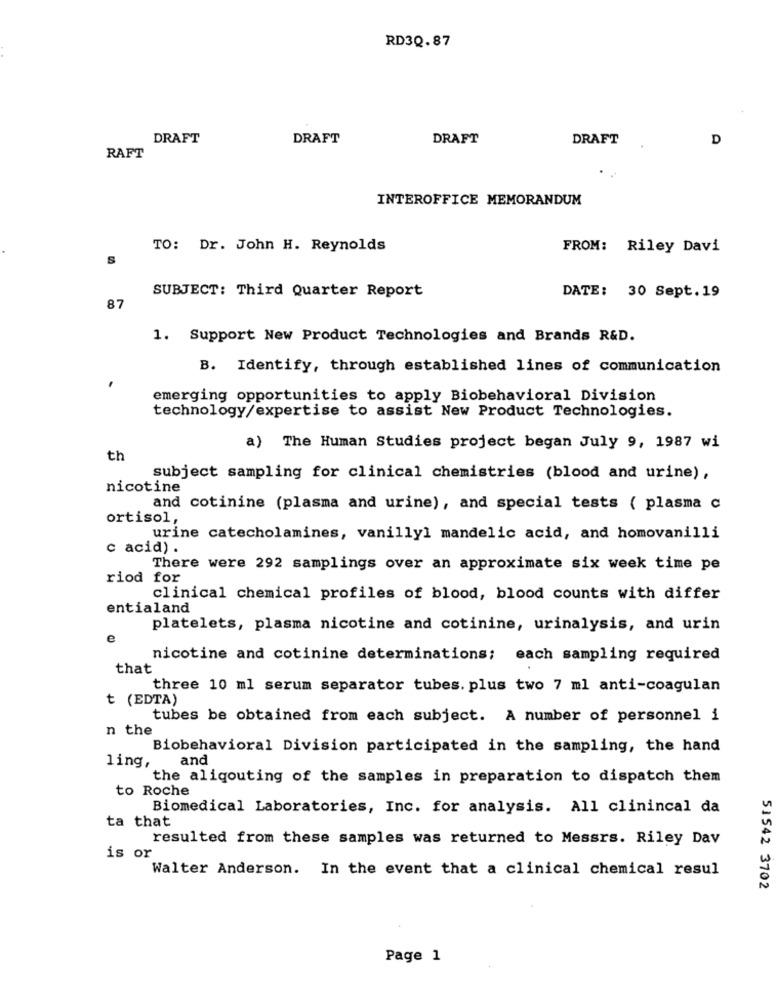
RD3Q.87
DRAFT
DRAFT
DRAFT
DRAFT
D
RAFT
INTEROFFICE MEMORANDUM
TO: Dr. John H. Reynolds
FROM: Riley Davi
S
DATE: 30 Sept.19
SUBJECT: Third Quarter Report
87
1. Support New Product Technologies and Brands R&D.
B. Identify, through established lines of communication
emerging opportunities to apply Biobehavioral Division
technology/expertise to assist New Product Technologies.
a) The Human Studies project began July 9, 1987 wi
th
subject sampling for clinical chemistries (blood and urine),
nicotine
and cotinine (plasma and urine), and special tests ( plasma c
ortisol,
urine catecholamines, vanillyl mandelic acid, and homovanilli
c acid) .
There were 292 samplings over an approximate six week time pe
riod for
clinical chemical profiles of blood, blood counts with differ
entialand
platelets, plasma nicotine and cotinine, urinalysis, and urin
e
nicotine and cotinine determinations; each sampling required
that
three 10 ml serum separator tubes. plus two 7 ml anti-coagulan
t (EDTA)
tubes be obtained from each subject. A number of personnel i
n the
Biobehavioral Division participated in the sampling, the hand
and
ling,
the aliqouting of the samples in preparation to dispatch them
to Roche
Biomedical Laboratories, Inc. for analysis. All clinincal da
ta that
resulted from these samples was returned to Messrs. Riley Dav
is or
Walter Anderson. In the event that a clinical chemical resul
51542 3702
Page 1